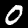
Digit: 0